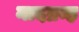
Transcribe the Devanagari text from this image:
नादब्रम्ह